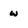
Character: w